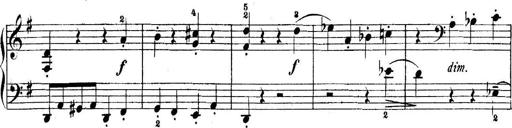
Title: 5 Sonatinas
Composer: Theodor Kirchner